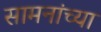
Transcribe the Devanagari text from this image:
सामनांच्या